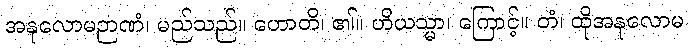
အနုလောမဉာဏံ၊ မည်သည်။ ဟောတိ၊ ၏။ ဟိယသ္မာ၊ ကြောင့်။ တံ၊ ထိုအနုလောမ